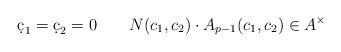
LaTeX: \begin{align*} \d c_1=\d c_2=0\ \ \ \ \ \ N(c_1,c_2)\cdot A_{p-1}(c_1,c_2)\in A^{\times} \end{align*}